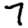
Digit: 7